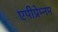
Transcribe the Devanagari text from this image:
एपीप्रेम्नम